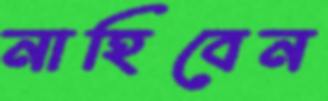
নাহিবেন